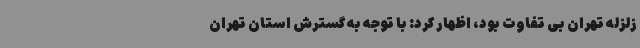
زلزله تهران بی تفاوت بود، اظهار کرد: با توجه به گسترش استان تهران